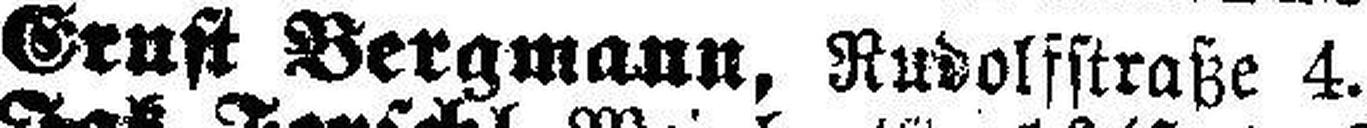
Ernst Bergmann, Rudolfstraße 4.